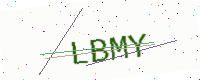
Text: LBMY